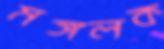
মঙ্গলক